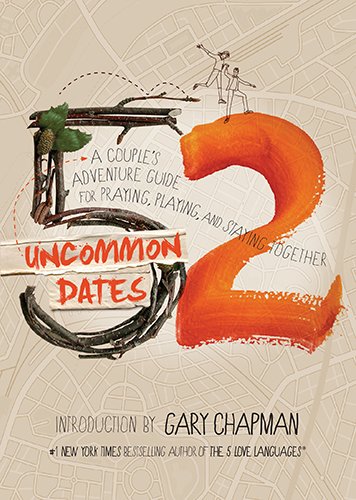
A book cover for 52 Uncommon Dates: A Couple's Adventure Guide for Praying, Playing, and Staying Together; Randy E Southern; Christian Books & Bibles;